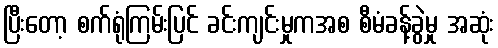
ပြီးတော့ စက်ရုံကြမ်းပြင် ခင်းကျင်းမှုကအစ စီမံခန့်ခွဲမှု အဆုံး